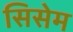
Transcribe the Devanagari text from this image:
सिसेम